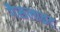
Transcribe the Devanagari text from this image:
गैसलाइट